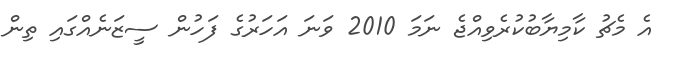
އެ މެޗު ކާމިޔާބުކުރެވިއްޖެ ނަމަ 2010 ވަނަ އަހަރުގެ ފަހުން ސީޒަނެއްގައި ތިން